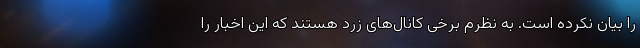
را بیان نکرده است. به نظرم برخی کانال‌های زرد هستند که این اخبار را